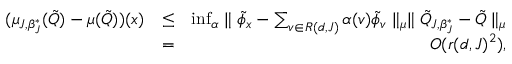
\begin{array} { r l r } { ( \mu _ { J , \beta _ { J } ^ { * } } ( \tilde { Q } ) - \mu ( \tilde { Q } ) ) ( x ) } & { \leq } & { \operatorname* { i n f } _ { \alpha } \parallel \tilde { \phi } _ { x } - \sum _ { v \in { \cal R } ( d , J ) } \alpha ( v ) \tilde { \phi } _ { v } \parallel _ { \mu } \parallel \tilde { Q } _ { J , \beta _ { J } ^ { * } } - \tilde { Q } \parallel _ { \mu } } \\ & { = } & { O ( r ( d , J ) ^ { 2 } ) , } \end{array}